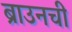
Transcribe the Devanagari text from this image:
ब्राउनची